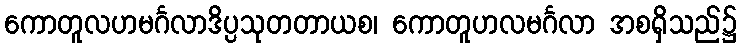
ကောတူလဟမင်္ဂလာဒိပ္ပသုတတာယစ၊ ကောတူဟလမင်္ဂလာ အစရှိသည်၌